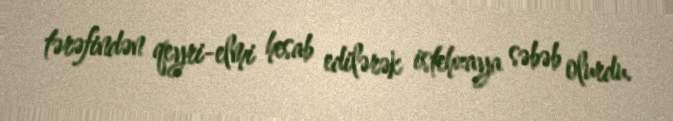
tərəfindən qeyri-elmi hesab edilərək istehzaya səbəb olurdu.